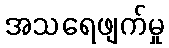
အသရေဖျက်မှု